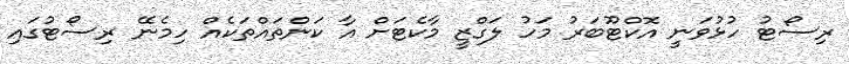
ރިސޯޓު ހުޅުވަނީ އޮކްޓޫބަރު މަހު ލަގްޒީ މާކެޓަށް އާ ކަންތައްތަކެއް ހިމެނޭ ރިސޯޓުގައި